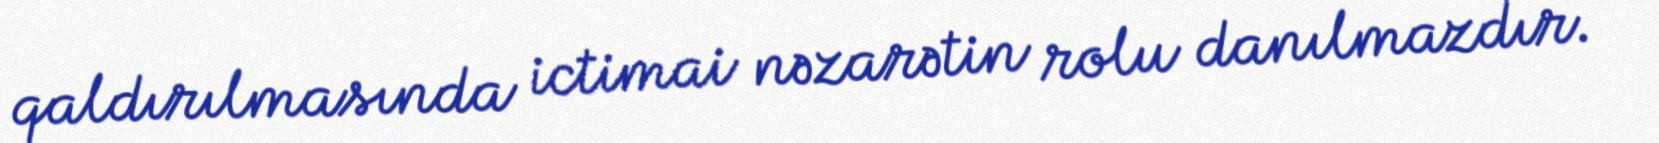
qaldırılmasında ictimai nəzarətin rolu danılmazdır.